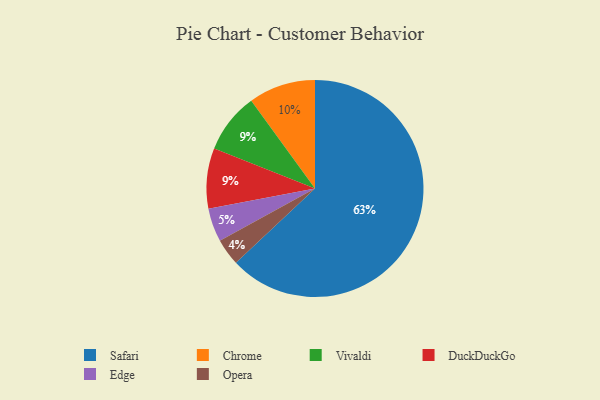
{"axis": {"x": "Category", "y": "Percentage"}, "legend": ["Chrome", "DuckDuckGo", "Edge", "Opera", "Safari", "Vivaldi"], "data": [{"x": "Safari", "y": 63, "type": "Safari"}, {"x": "Chrome", "y": 10, "type": "Chrome"}, {"x": "Vivaldi", "y": 9, "type": "Vivaldi"}, {"x": "Opera", "y": 4, "type": "Opera"}, {"x": "Edge", "y": 5, "type": "Edge"}, {"x": "DuckDuckGo", "y": 9, "type": "DuckDuckGo"}]}